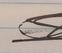
Signature authenticity: forged